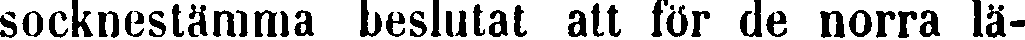
socknestämma beslutat att för de norra lä-